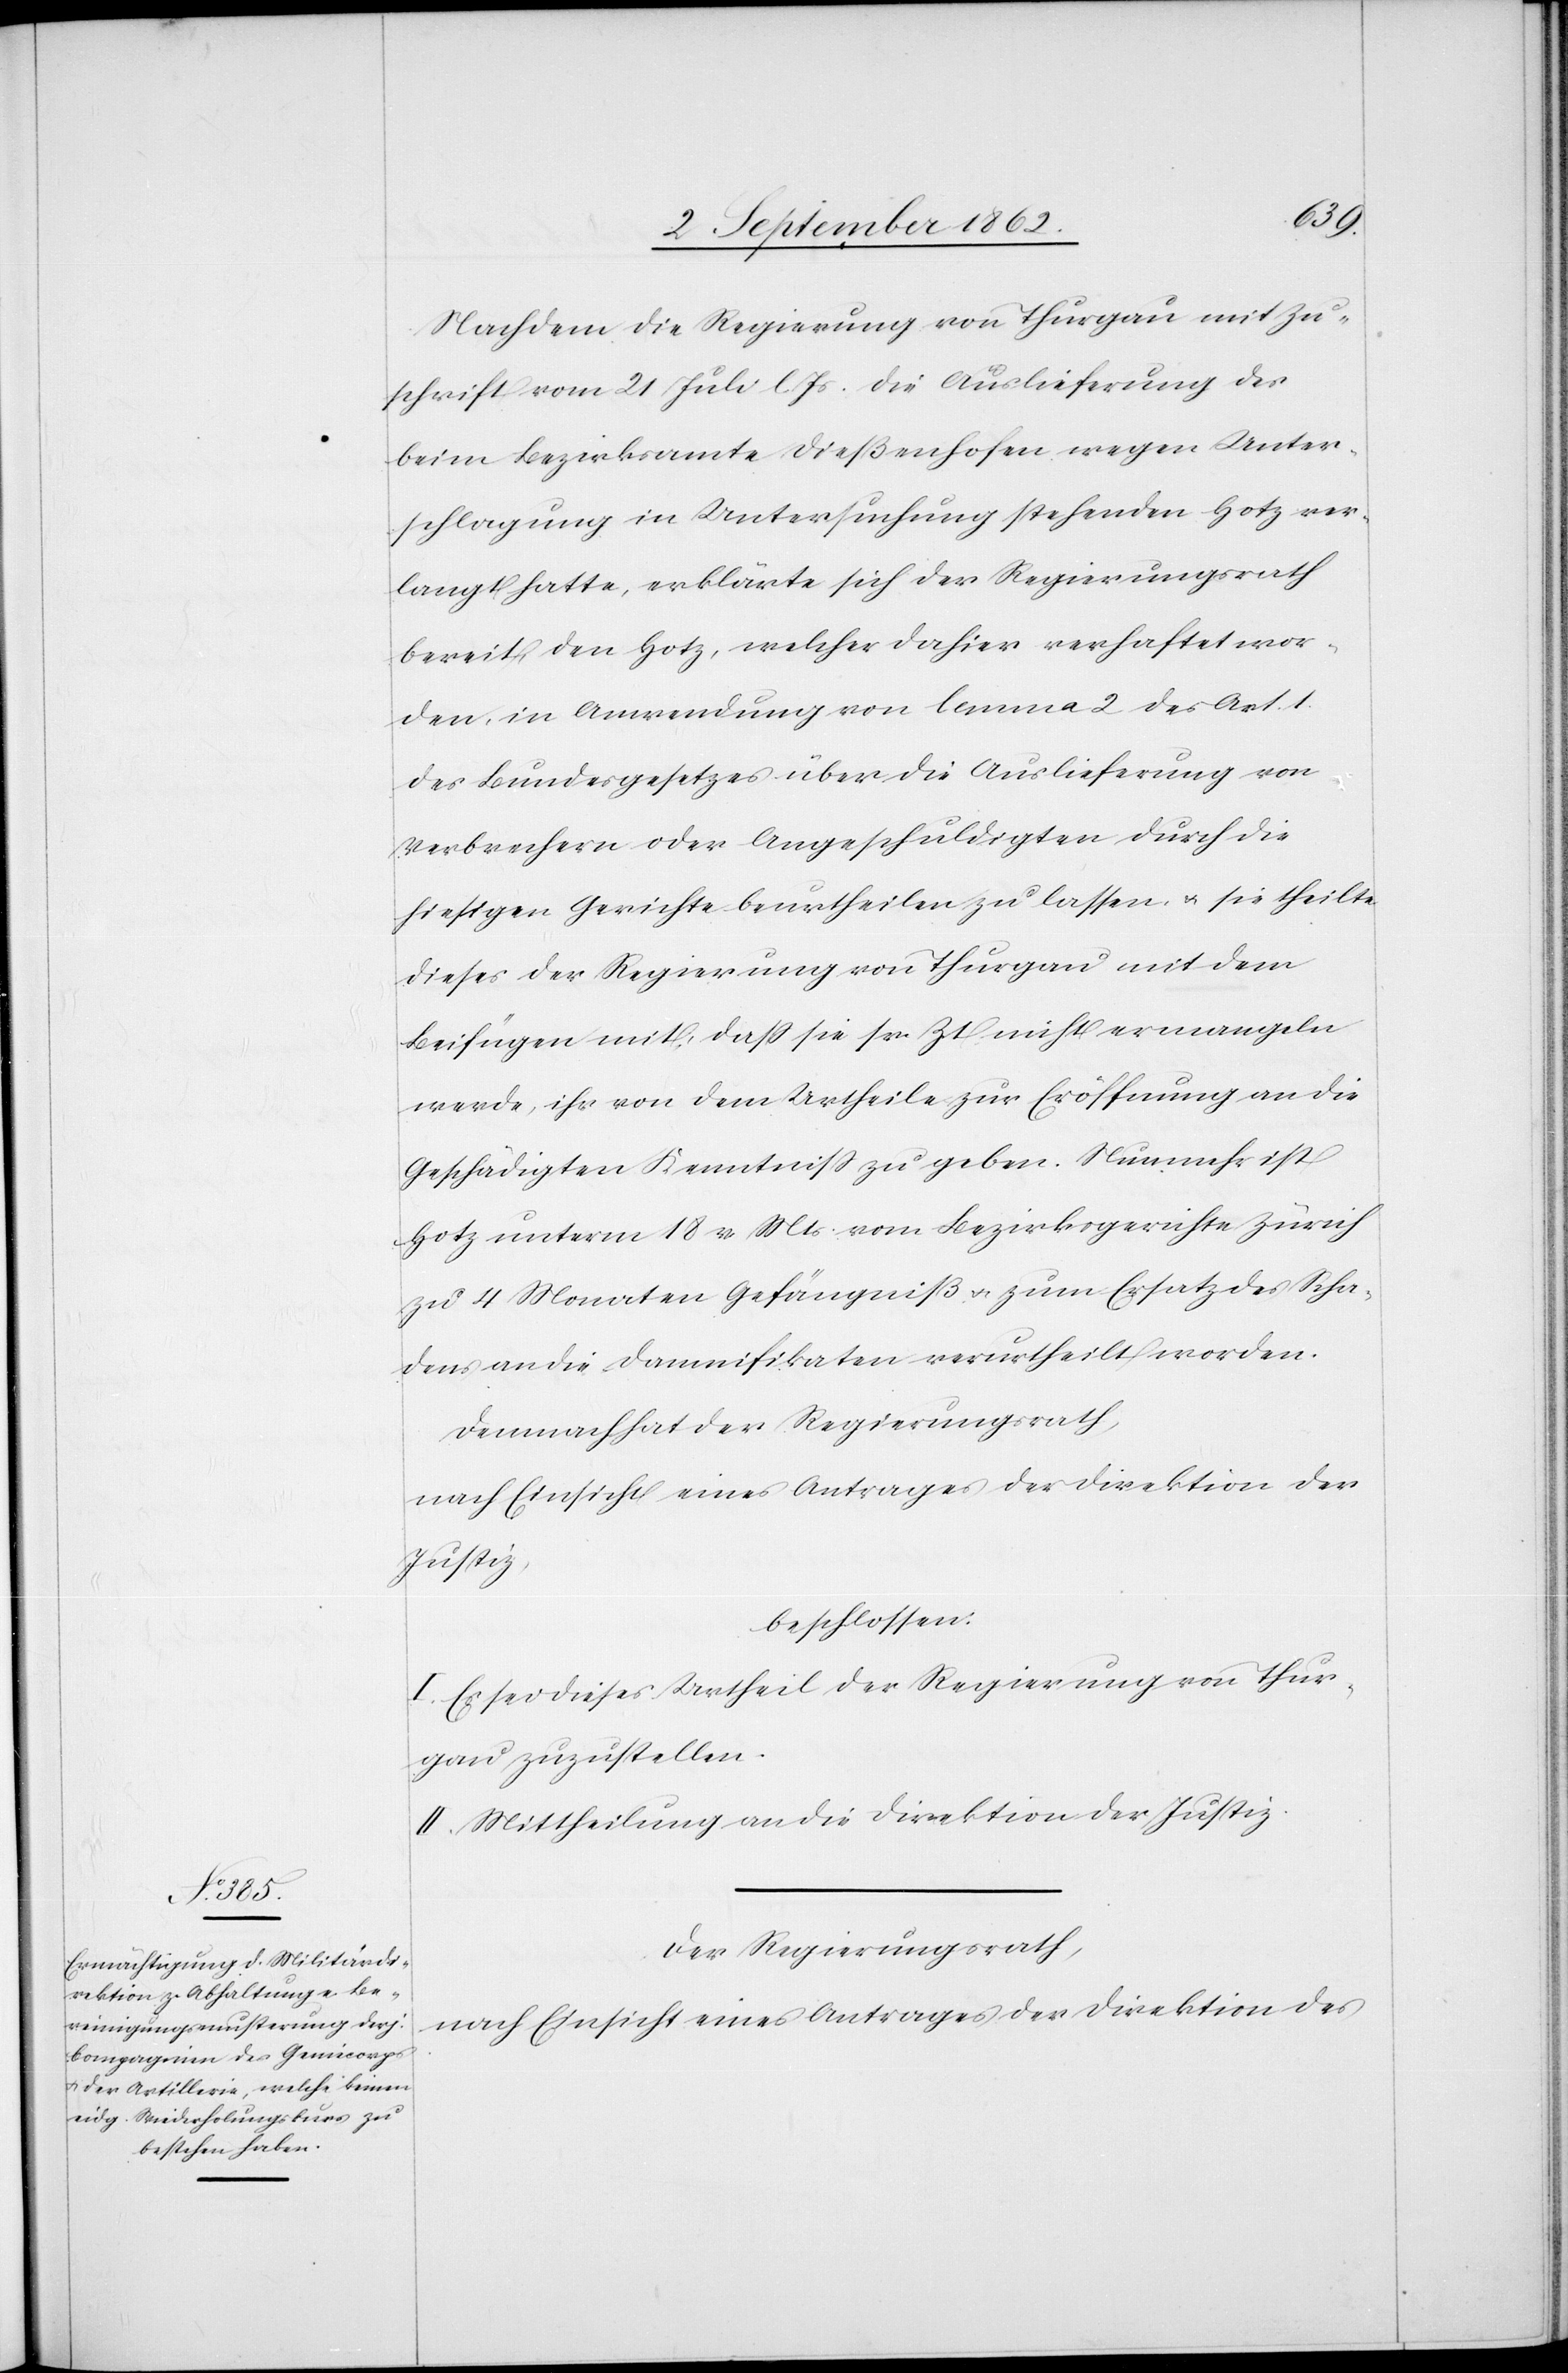
Nachdem die Regierung von Thurgau mit Zu¬
schrift vom 21. Juli l. Js. die Auslieferung des
beim Bezirksamte Dießenhofen wegen Unter¬
schlagung in Untersuchung stehenden Hotz ver¬
langt hatte, erklärte sich der Regierungsrath
bereit den Hotz, welcher dahier verhaftet wor¬
den, in Anwendung von lemma 2 des Art. 1
des Bundesgesetzes über die Auslieferung von
Verbrechern oder Angeschuldigten durch die
hiesigen Gerichte beurtheilen zu lassen u. sie theilte
dieses der Regierung von Thurgau mit dem
Beifügen mit, daß sie sr. Zt. nicht ermangeln
werde, ihr von dem Urtheile zur Eröffnung an die
Geschädigten Kenntniß zu geben. Nunmehr ist
Hotz unterm 18. .v Mts. vom Bezirksgerichte Zürich
zu 4 Monaten Gefängniß u. zum Ersatze des Scha¬
dens an die Damnifikaten verurtheilt worden.
Demnach hat der Regierungsrath,
nach Einsicht eines Antrages der Direktion der
Justiz,
beschlossen:
I. Es sei dieses Urtheil der Regierung von Thur¬
gau zuzustellen.
II. Mittheilung an die Direktion der Justiz.
Der Regierungsrath,
nach Einsicht eines Antrages der Direktion des